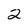
Character: 2